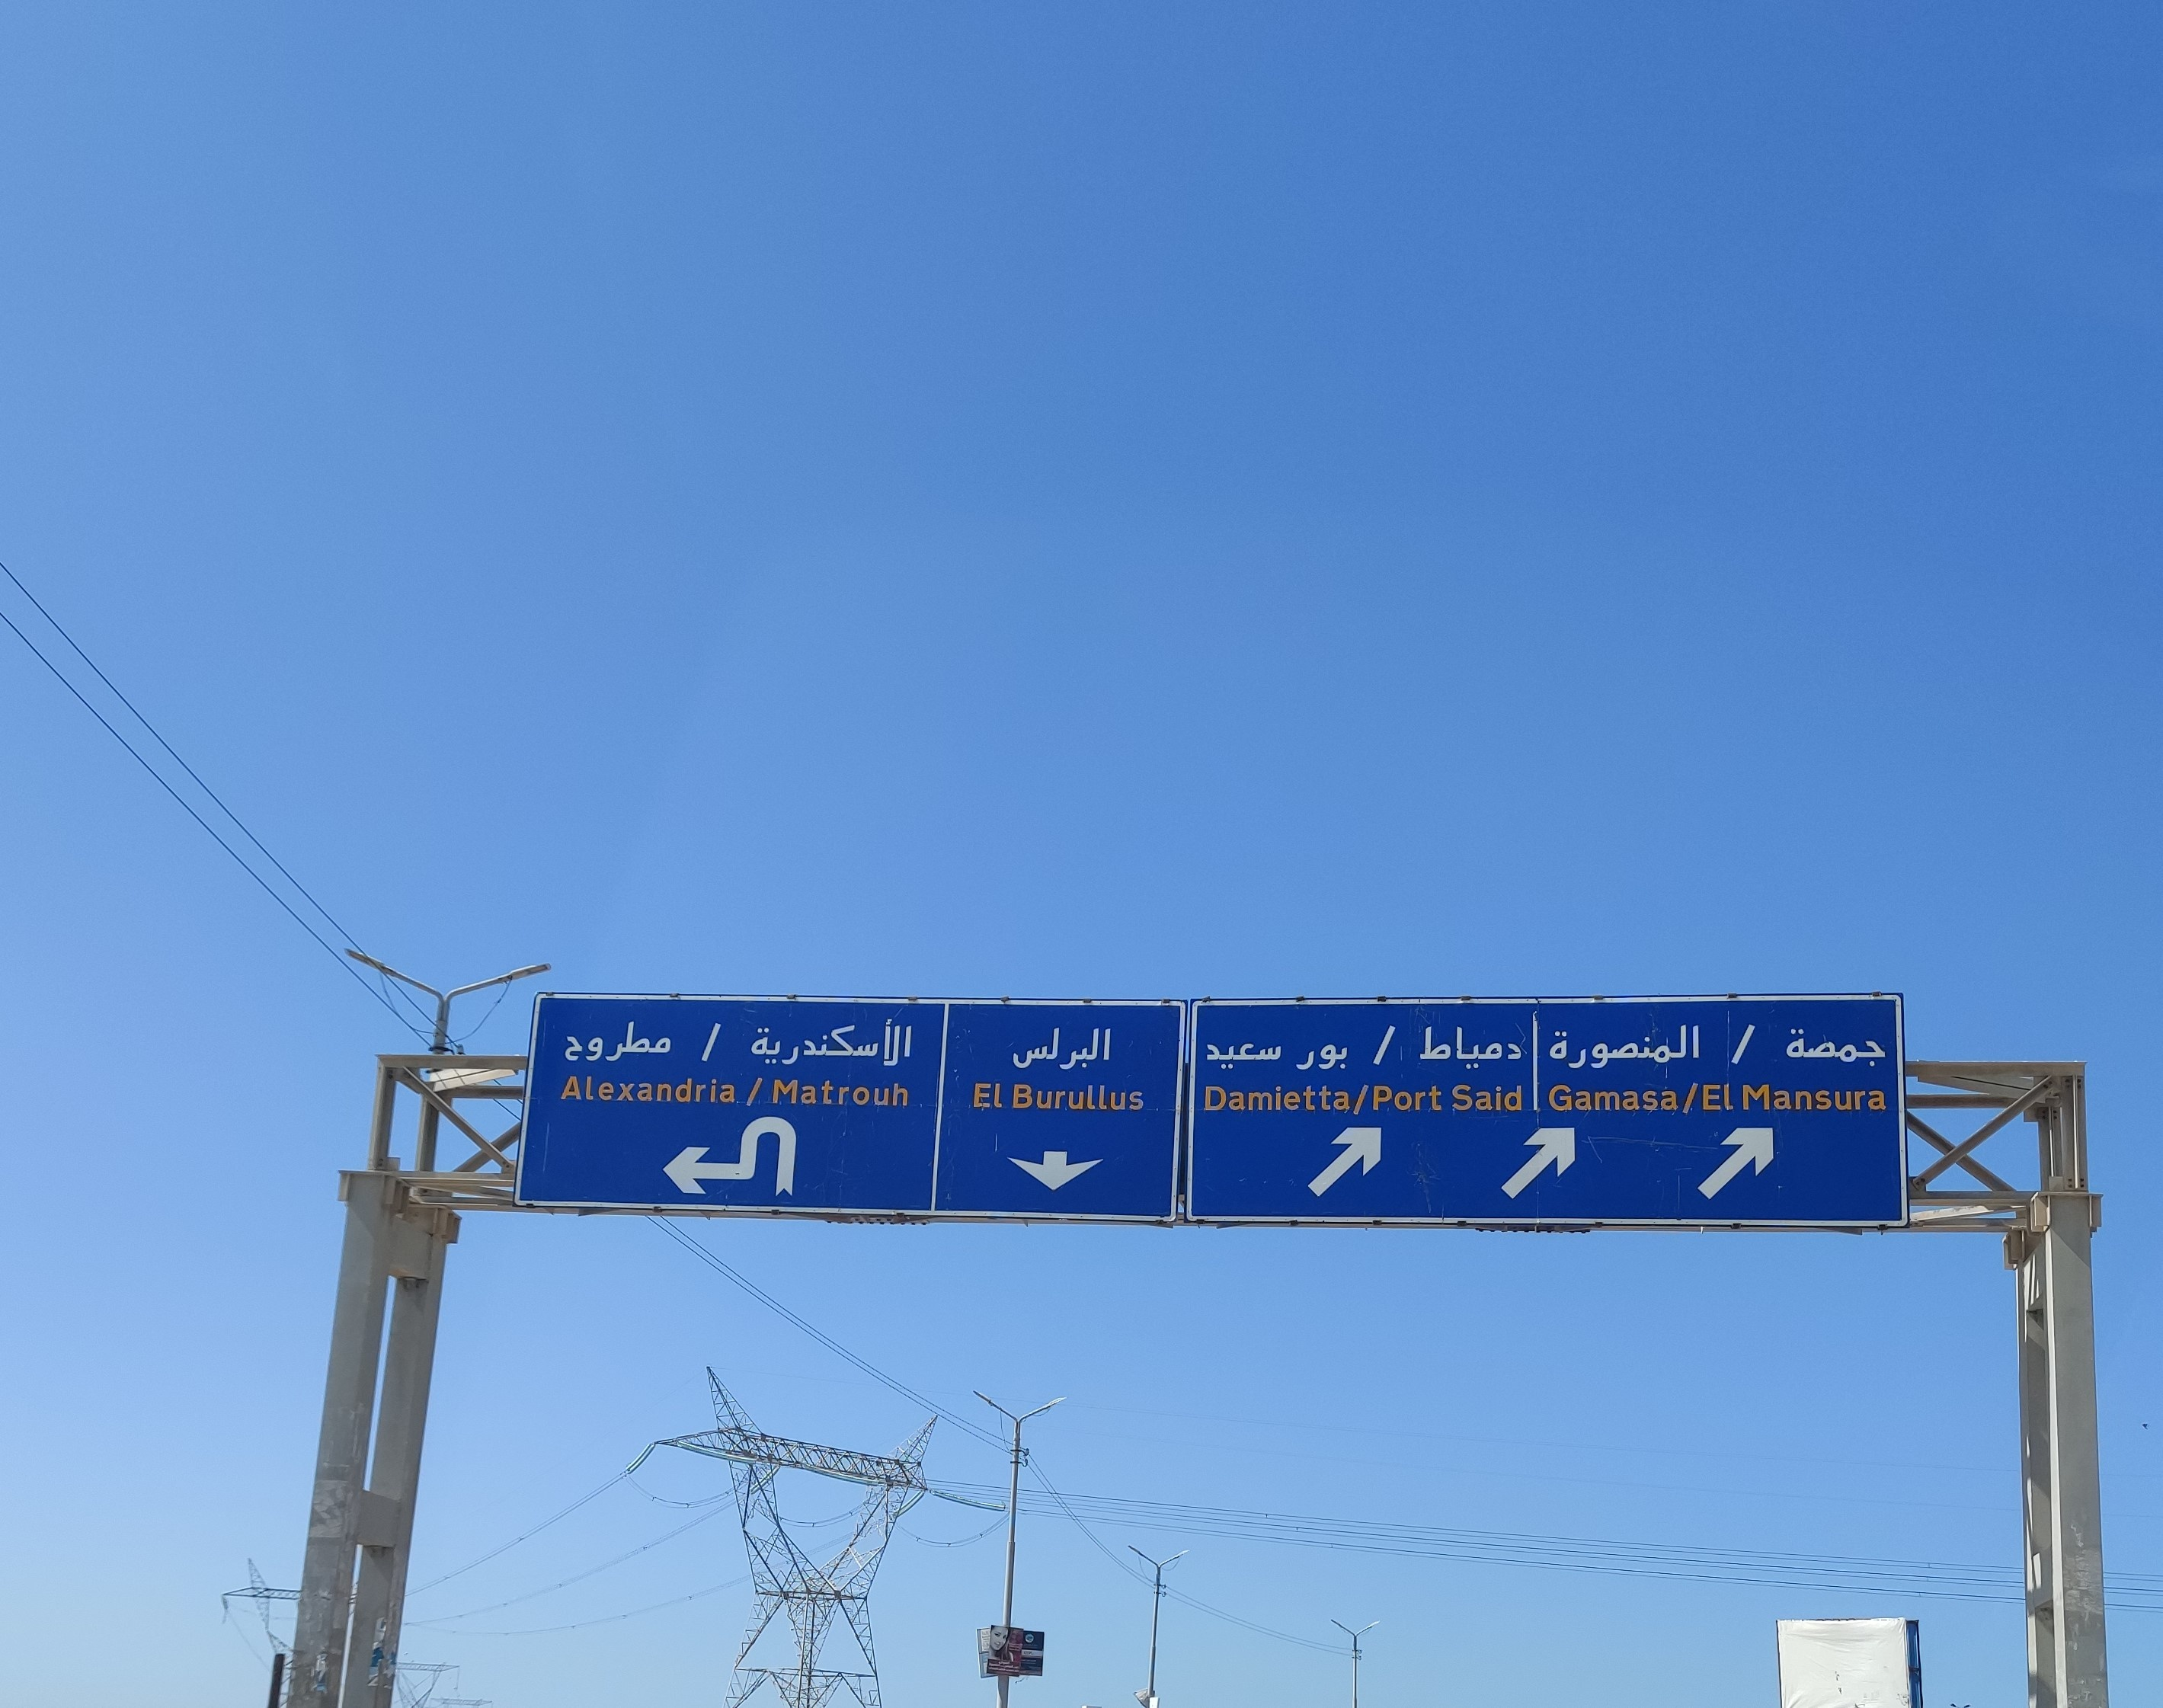
Text in image: الأسكندرية مطروح جمصة المنصورة دمياط البرلس سعيد بور Alexandria ELMansura Matrouh Gamasa EL Damietta Port Said Burullus